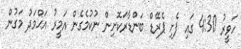
ހަވީރު 4:30 ގައި ފެށި ޕެރޭޑް ބަންޑާރަކޮށިން ނުކުމެގެން އަމީރު އަޙްމަދު މަގުން